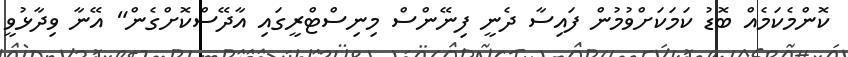
ކޮންމެކަމެއް ބޮޑު ކަމަކަށްވުމުން ފައިސާ ދެނީ ފިނޭންސް މިނިސްޓްރީގައި އާދޭސްކޮށްގެން" އޭނާ ވިދާޅުވީ